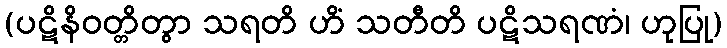
(ပဋိနိဝတ္တိတွာ သရတိ ဟိံ သတီတိ ပဋိသရဏံ၊ ဟုပြု)